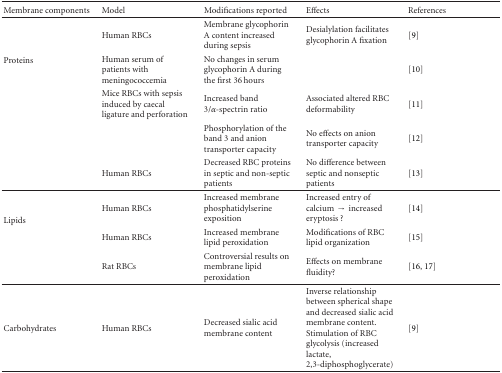
<table><thead><tr><td><b>Membrane components</b></td><td><b>Model</b></td><td><b>Modifications reported</b></td><td><b>Effects</b></td><td><b>References</b></td></tr></thead><tbody><tr><td rowspan="5">Proteins</td><td>Human RBCs</td><td>Membrane glycophorin A content increased during sepsis</td><td>Desialylation facilitates glycophorin A fixation</td><td>[9]</td></tr><tr><td>Human serum of patients with meningococcemia</td><td>No changes in serum glycophorin A during the first 36 hours</td><td></td><td>[10]</td></tr><tr><td>Mice RBCs with sepsis induced by caecal ligature and perforation</td><td>Increased band 3/<i>α</i>-spectrin ratio</td><td>Associated altered RBC deformability</td><td>[11]</td></tr><tr><td></td><td>Phosphorylation of the band 3 and anion transporter capacity</td><td>No effects on anion transporter capacity</td><td>[12]</td></tr><tr><td>Human RBCs</td><td>Decreased RBC proteins in septic and non-septic patients</td><td>No difference between septic and nonseptic patients</td><td>[13]</td></tr><tr><td rowspan="3">Lipids</td><td>Human RBCs</td><td>Increased membrane phosphatidylserine exposition</td><td>Increased entry of calcium → increased eryptosis ?</td><td>[14]</td></tr><tr><td>Human RBCs</td><td>Increased membrane lipid peroxidation</td><td>Modifications of RBC lipid organization</td><td>[15]</td></tr><tr><td>Rat RBCs</td><td>Controversial results on membrane lipid peroxidation</td><td>Effects on membrane fluidity?</td><td>[16, 17]</td></tr><tr><td>Carbohydrates</td><td>Human RBCs</td><td>Decreased sialic acid membrane content</td><td>Inverse relationship between spherical shape and decreased sialic acid membrane content. Stimulation of RBC glycolysis (increased lactate, 2,3-diphosphoglycerate)</td><td>[9]</td></tr></tbody></table>